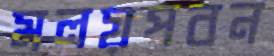
মলয়পবন